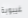
غيبوبة